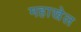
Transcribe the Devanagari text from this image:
महाखेल